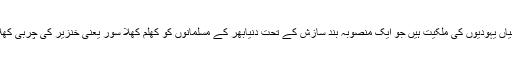
یہ تمام کمپنیاں یہودیوں کی ملکیت ہیں جو ایک منصوبہ بند سازش کے تحت دنیابھر کے مسلمانوں کو کھلم کھلا سور یعنی خنزیر کی چربی کھلا رہی ہیں-۔